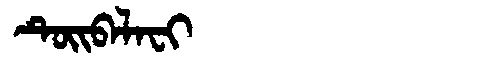
Manchu: ᡨᡠᡳᠪᠠᠯᠠᠸᡳ
Romanization: TUIBALAFI